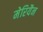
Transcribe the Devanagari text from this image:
मेरियैन